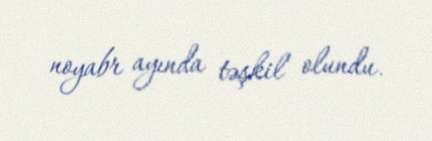
noyabr ayında təşkil olundu.